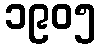
၁၉၀၅